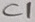
Text: C1